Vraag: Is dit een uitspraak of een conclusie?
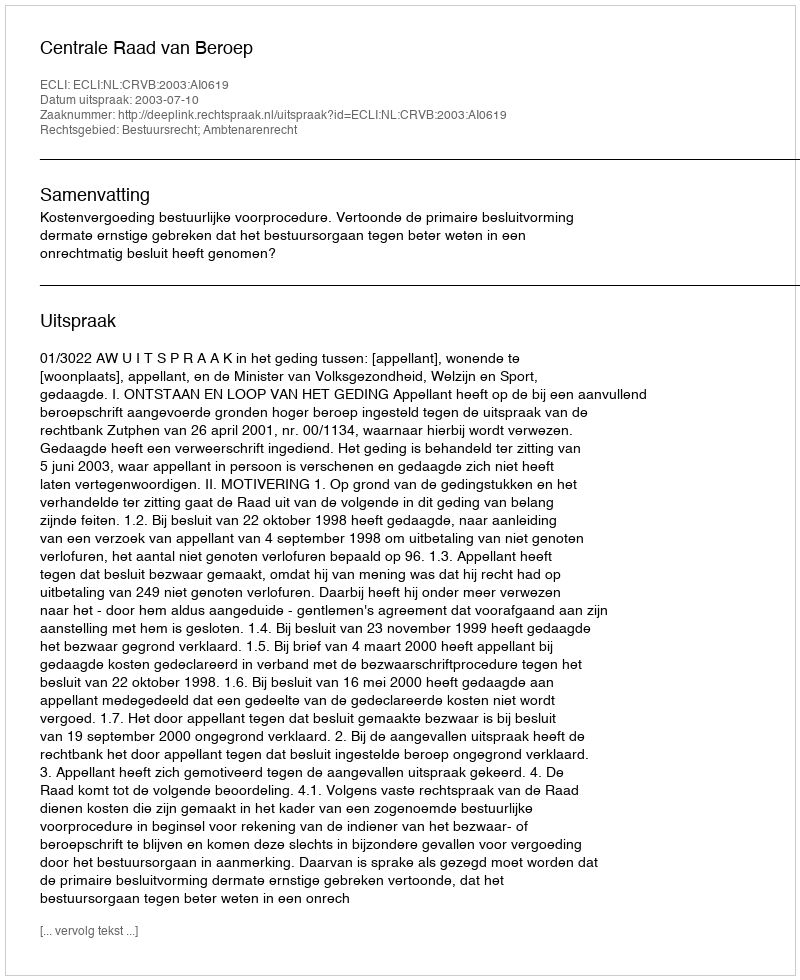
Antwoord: Uitspraak